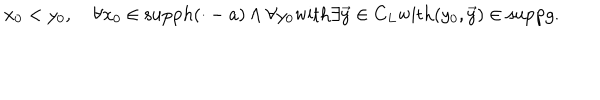
x _ { 0 } < y _ { 0 } , \quad \forall x _ { 0 } \in \mathrm { s u p p } h ( \cdot - a ) \wedge \forall y _ { 0 } \mathrm { w i t h } \exists \vec { y } \in C _ { L } \mathrm { w i t h } ( y _ { 0 } , \vec { y } ) \in \mathrm { s u p p } g .